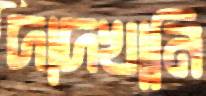
দাদখানি